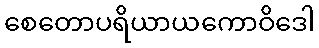
စေတောပရိယာယကောဝိဒေါ